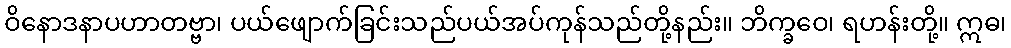
ဝိနောဒနာပဟာတဗ္ဗာ၊ ပယ်ဖျောက်ခြင်းသည်ပယ်အပ်ကုန်သည်တို့နည်း။ ဘိက္ခဝေ၊ ရဟန်းတို့။ ဣဓ၊